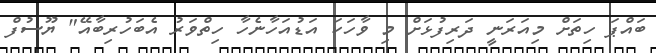
ބައްޕަ ހިތަށް މިއަރަނީ ދަރިފުޅަށް މި ވާހަކަ އަޑުއަހާނެހާ ހިތްވަރު އެބަހުރިބާއޭ" ޔޫސުފް